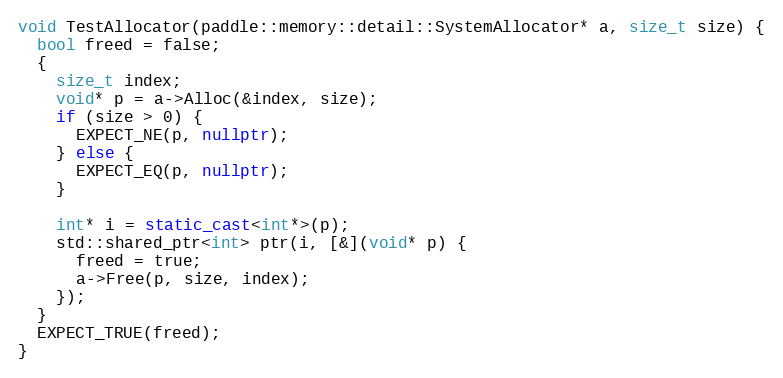
Language: C++
void TestAllocator(paddle::memory::detail::SystemAllocator* a, size_t size) {
  bool freed = false;
  {
    size_t index;
    void* p = a->Alloc(&index, size);
    if (size > 0) {
      EXPECT_NE(p, nullptr);
    } else {
      EXPECT_EQ(p, nullptr);
    }

    int* i = static_cast<int*>(p);
    std::shared_ptr<int> ptr(i, [&](void* p) {
      freed = true;
      a->Free(p, size, index);
    });
  }
  EXPECT_TRUE(freed);
}